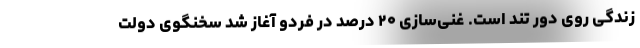
زندگی روی دور تند است. غنی‌سازی ۲۰ درصد در فردو آغاز شد سخنگوی دولت